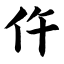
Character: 仵